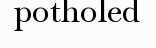
potholed